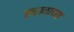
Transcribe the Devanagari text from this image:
सकाळाच्या